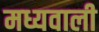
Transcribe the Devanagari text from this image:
मध्यवाली